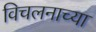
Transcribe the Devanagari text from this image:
विचलनाच्या